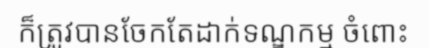
ក៏ត្រូវបានចែកតែដាក់ទណ្ឌកម្ម ចំពោះ